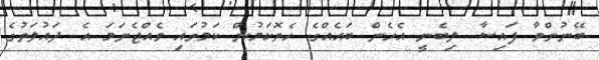
ބޭނުންވާ ފައިސާ ލިބެނީ އެހެން ބައެއްގެ ހެޔޮކަމުން ކަމުގައި ވެއްޖެނަމަ އެ ދައުލަތުގެ